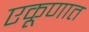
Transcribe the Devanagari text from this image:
एकूणात